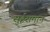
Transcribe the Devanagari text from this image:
सुईसमान